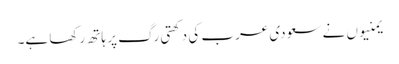
یمنیوں نے سعودی عرب کی دکھتی رگ پر ہاتھ رکھا ہے۔